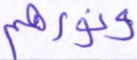
ونورهم